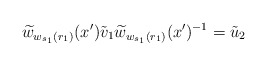
\begin{align*} \widetilde w_{w_{s_1}(r_1)}(x')\tilde{v}_1\widetilde w_{w_{s_1}(r_1)}(x')^{-1}=\tilde{u}_2\end{align*}